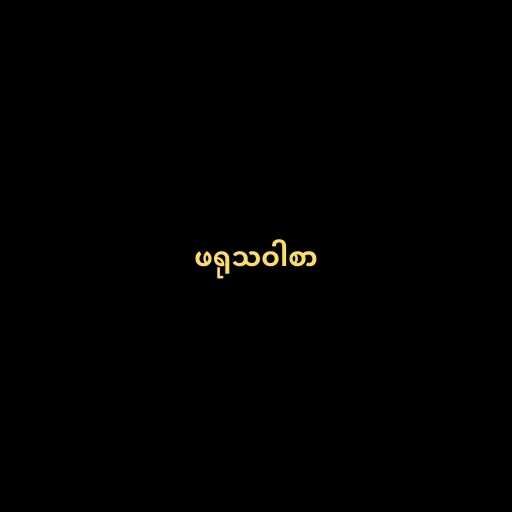
ဖရုသဝါစာ